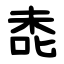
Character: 㖝